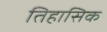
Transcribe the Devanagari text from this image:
तिहासिक